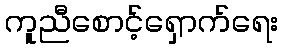
ကူညီစောင့်ရှောက်ရေး